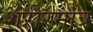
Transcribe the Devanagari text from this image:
शरीरमात्र